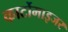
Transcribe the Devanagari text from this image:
कार्टोमाइजर